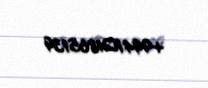
+994101865139